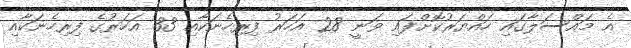
އެ މައްސަލާގައި ހައްޔަރުކޮށްފައި ވަނީ 28 އަހަރު ފިރިހެނަކާއި 33 އަހަރުގެ ފިރިހެނަކާއި